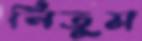
নিতুম